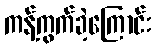
ကန့်ကွက်ခဲ့ကြောင်း